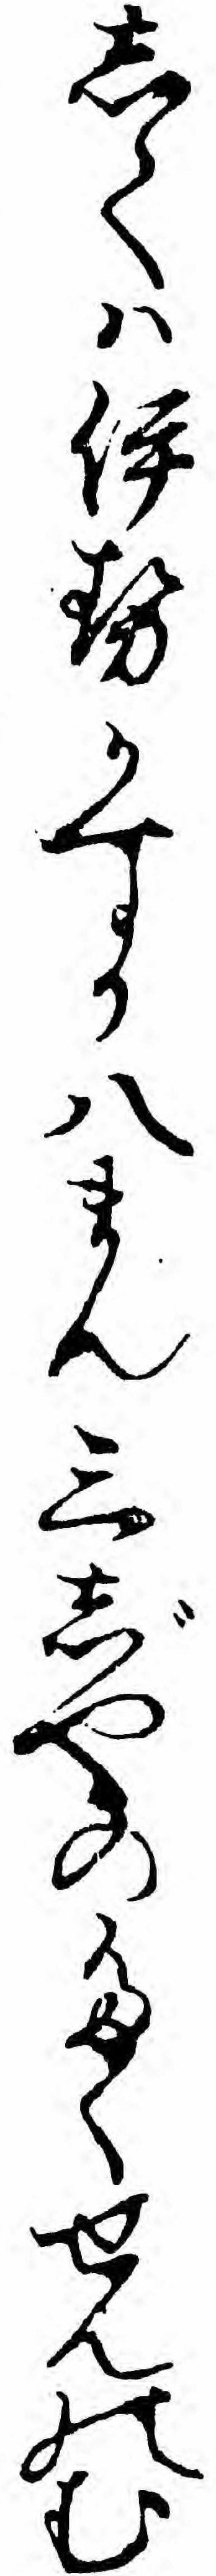
してハ伊勢かすか八まん三じやのたくせんのむ